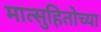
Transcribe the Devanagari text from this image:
मात्सुहितोच्या